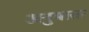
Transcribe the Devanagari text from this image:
अनुमाता